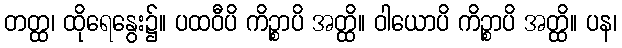
တတ္ထ၊ ထိုရေနွေး၌။ ပထဝီပိ ကိဉ္စာပိ အတ္ထိ။ ဝါယောပိ ကိဉ္စာပိ အတ္ထိ။ ပန၊